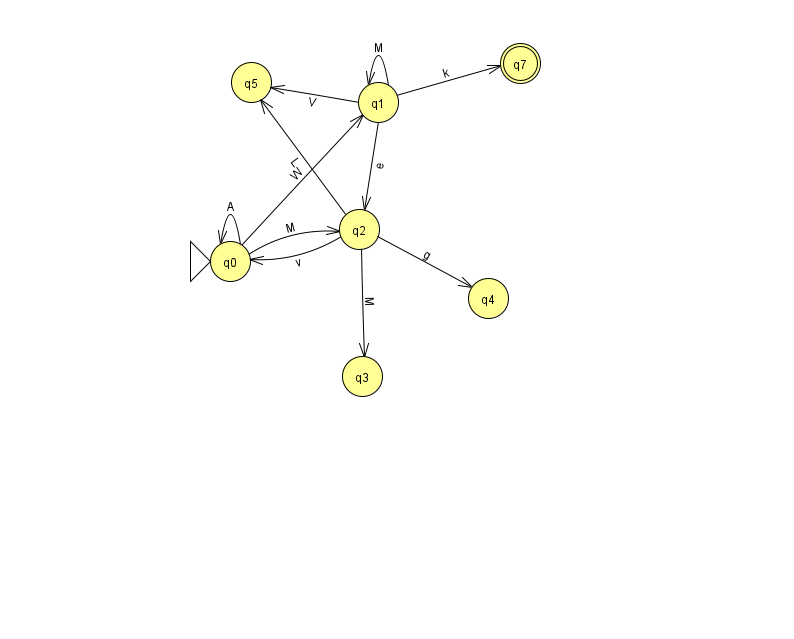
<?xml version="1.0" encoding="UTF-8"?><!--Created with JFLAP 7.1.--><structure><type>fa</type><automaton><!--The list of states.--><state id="0" name="q0"><x>230.0</x><y>248.0</y><initial/></state><state id="1" name="q1"><x>378.0</x><y>89.0</y></state><state id="2" name="q2"><x>359.0</x><y>216.0</y></state><state id="3" name="q3"><x>362.0</x><y>363.0</y></state><state id="4" name="q4"><x>488.0</x><y>285.0</y></state><state id="5" name="q5"><x>251.0</x><y>69.0</y></state><state id="7" name="q7"><x>520.0</x><y>50.0</y><final/></state><!--The list of transitions.--><transition><from>0</from><to>0</to><read>A</read></transition><transition><from>2</from><to>4</to><read>g</read></transition><transition><from>0</from><to>2</to><read>M</read></transition><transition><from>1</from><to>5</to><read>V</read></transition><transition><from>1</from><to>2</to><read>e</read></transition><transition><from>0</from><to>1</to><read>W</read></transition><transition><from>2</from><to>5</to><read>L</read></transition><transition><from>2</from><to>0</to><read>v</read></transition><transition><from>1</from><to>1</to><read>M</read></transition><transition><from>1</from><to>7</to><read>k</read></transition><transition><from>2</from><to>3</to><read>M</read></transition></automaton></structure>